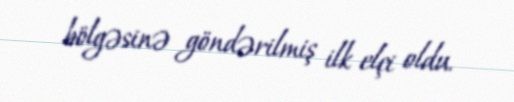
bölgəsinə göndərilmiş ilk elçi oldu.